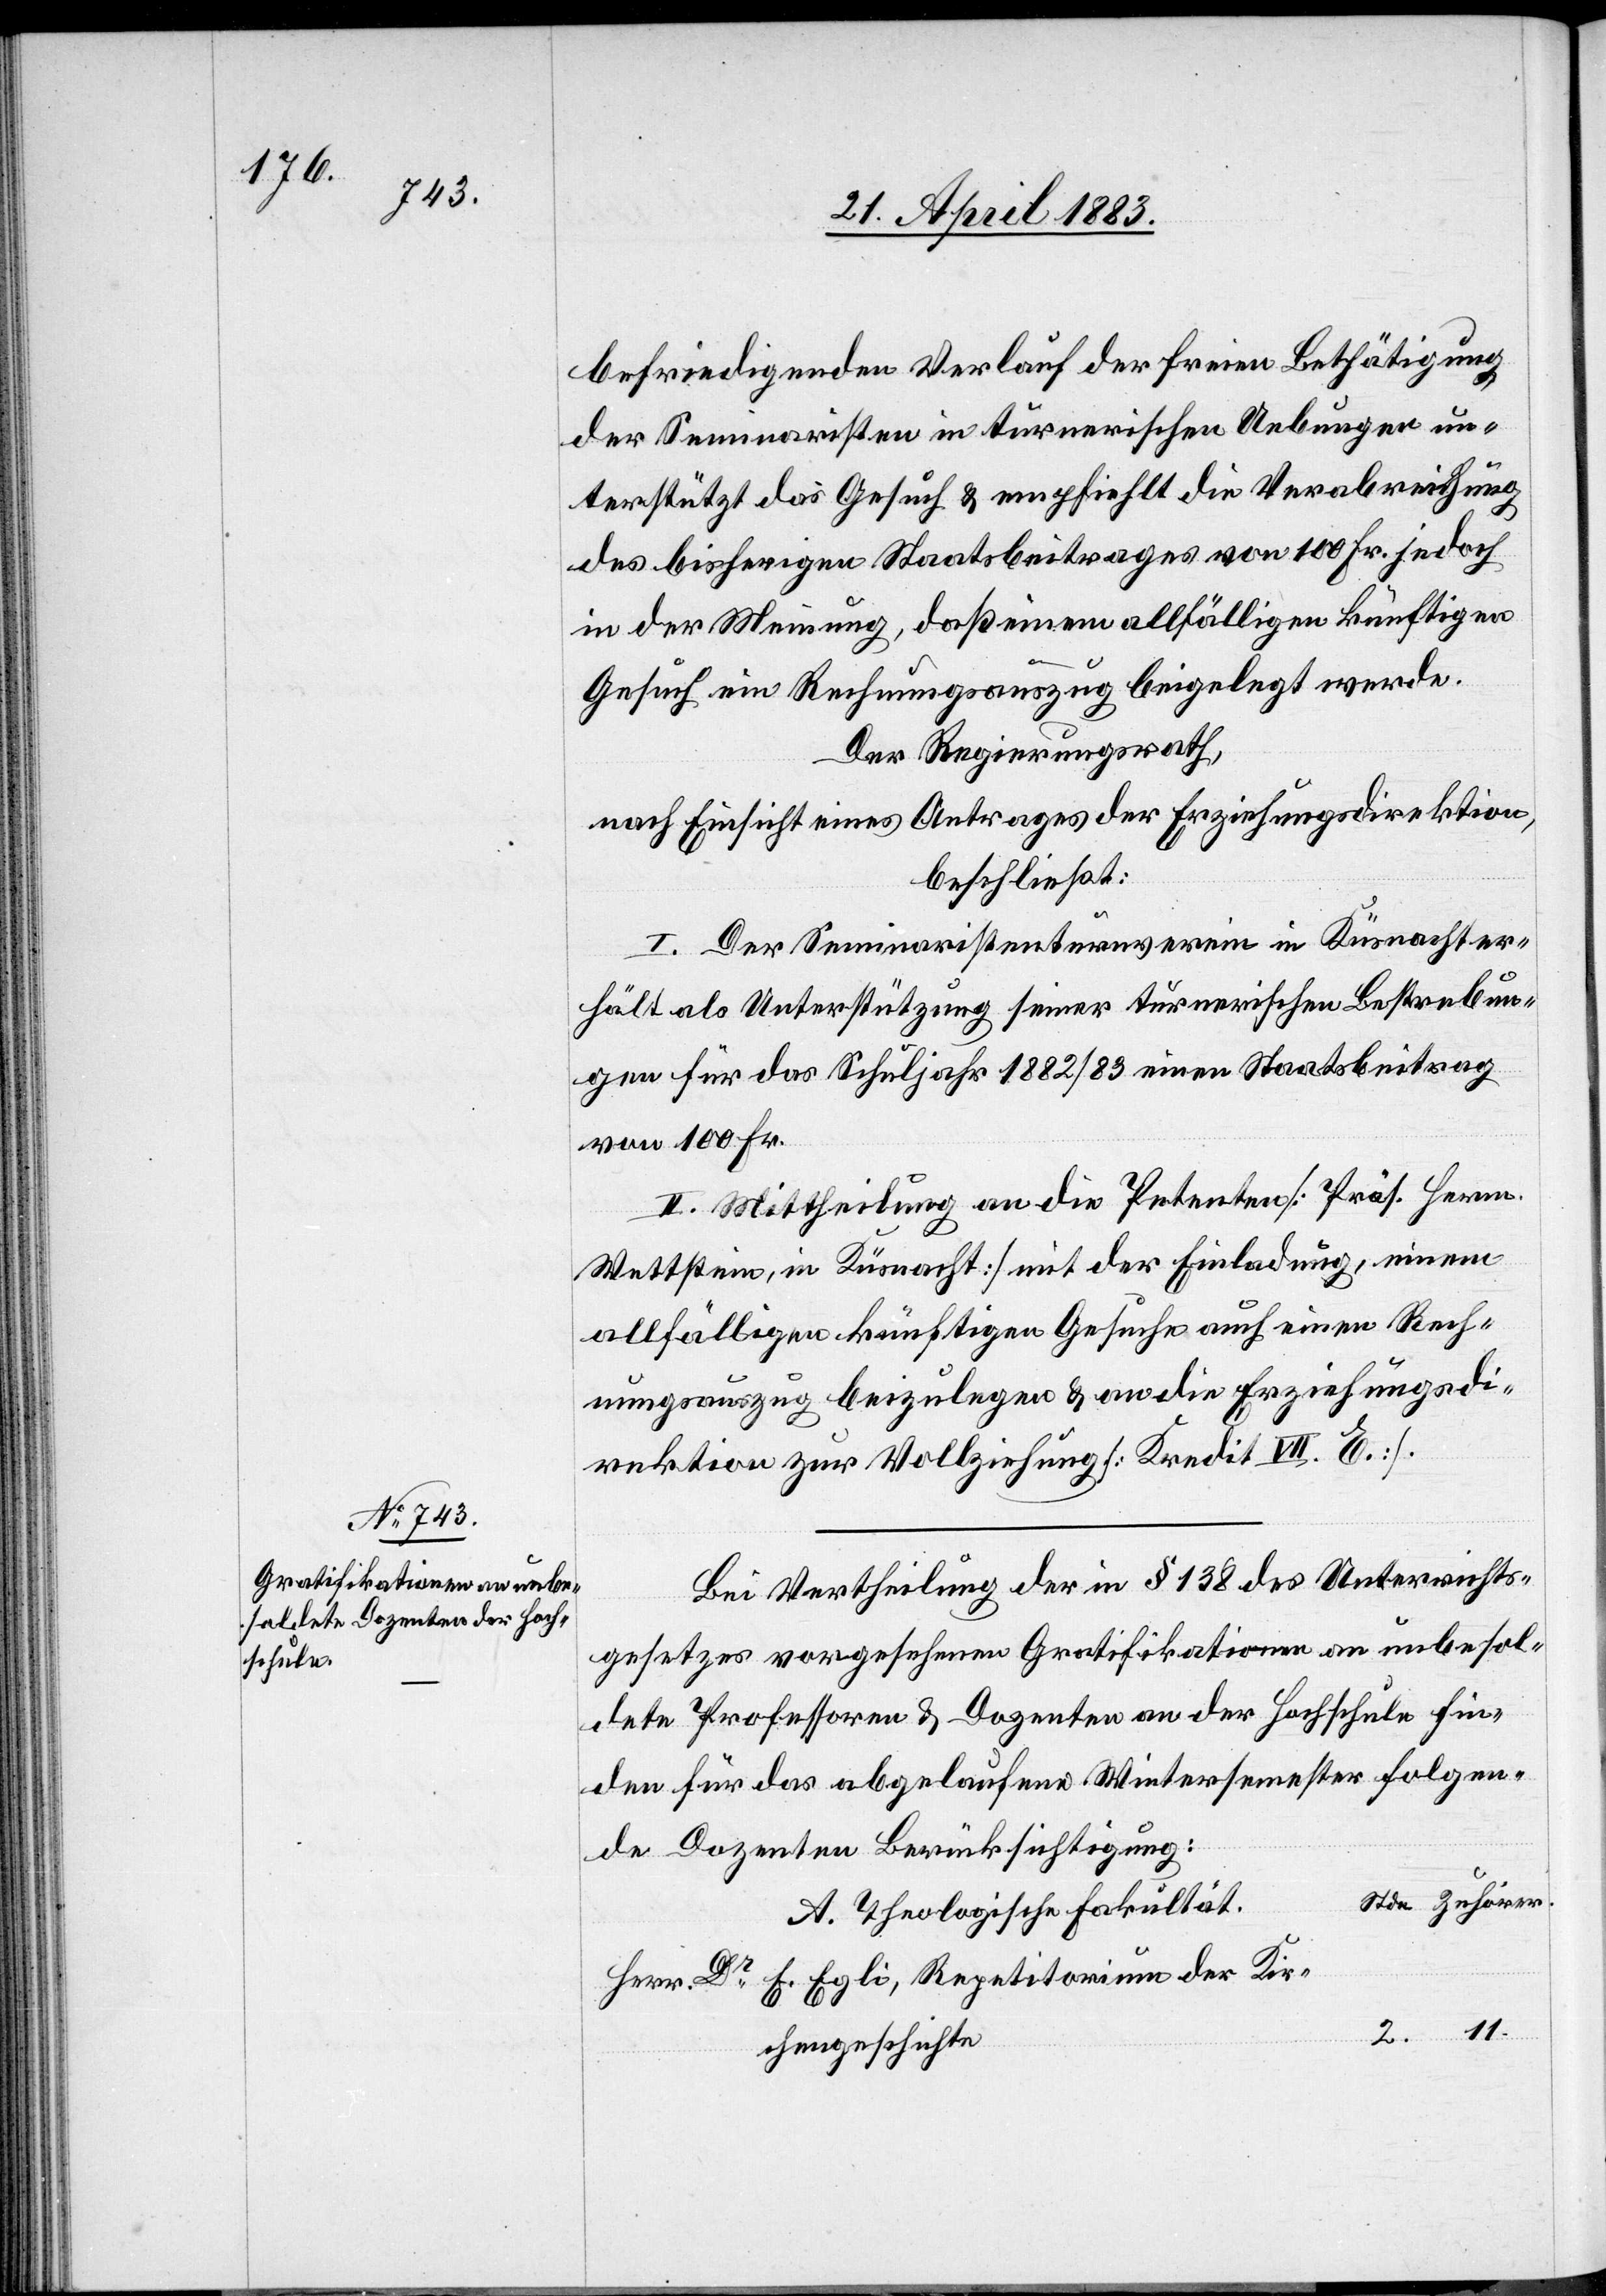
befriedigenden Verlauf der freien Bethätigung
der Seminaristen in turnerischen Uebungen un¬
terstützt das Gesuch & empfiehlt die Verabreichung
des bisherigen Staatsbeitrages von 100 Fr. jedoch
in der Meinung, daß einem allfälligen künftigen
Gesuch ein Rechnungsauszug beigelegt werde.
Der Regierungsrath,
nach Einsicht eines Antrages der Erziehungsdirektion,
beschließt:
I. Der Seminaristenturnverein in Küsnacht er¬
hält als Unterstützung seiner turnerischen Bestrebun¬
gen für das Schuljahr 1882/83 einen Staatsbeitrag
von 100 Fr.
II. Mittheilung an die Petenten [Präs. Herrn.
Wettstein, in Küsnacht] mit der Einladung, einem
allfälligen künftigen Gesuche auch einen Rech¬
nungsauszug beizulegen & an die Erziehungsdi¬
rektion zur Vollziehung [Kredit VII. E.].
Bei Vertheilung der in § 138 des Unterrichts¬
gesetzes vorgesehenen Gratifikationen an unbesol¬
dete Professoren & Dozenten an der Hochschule fin¬
den für das abgelaufene Wintersemester folgen¬
de Dozenten Berücksichtigung:
A. Theologische Fakultät.
Kirchengeschichte